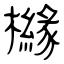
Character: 櫞